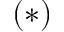
( * )